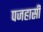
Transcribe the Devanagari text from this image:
पजहासी